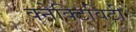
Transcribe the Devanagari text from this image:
क्नेक्टिविटी